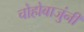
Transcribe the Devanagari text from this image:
चोहोबाजुंनी